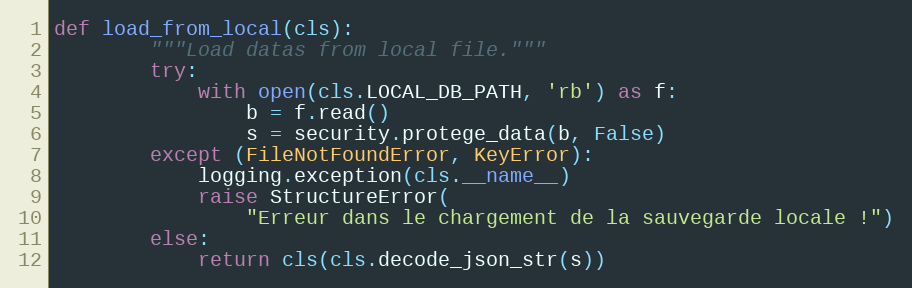
Language: Python
def load_from_local(cls):
        """Load datas from local file."""
        try:
            with open(cls.LOCAL_DB_PATH, 'rb') as f:
                b = f.read()
                s = security.protege_data(b, False)
        except (FileNotFoundError, KeyError):
            logging.exception(cls.__name__)
            raise StructureError(
                "Erreur dans le chargement de la sauvegarde locale !")
        else:
            return cls(cls.decode_json_str(s))